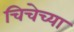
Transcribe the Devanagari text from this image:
चिचेच्या